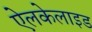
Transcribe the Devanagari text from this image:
ऐलकेलाइड